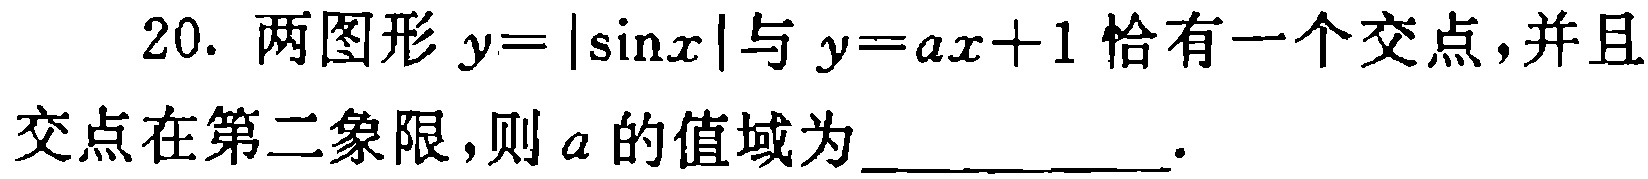
20. 两图形$y = |\sin x|$与$y = ax + 1$恰有一个交点，并且交点在第二象限，则$a$的值域为____________.